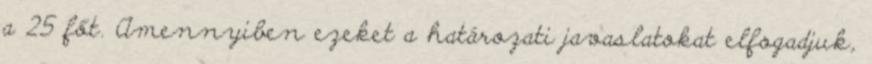
a 25 főt. Amennyiben ezeket a határozati javaslatokat elfogadjuk,